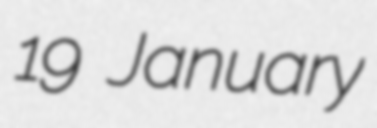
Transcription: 19 January